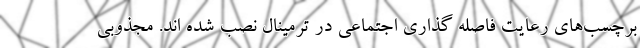
برچسب‌های رعایت فاصله گذاری اجتماعی در ترمینال نصب شده اند. مجذوبی